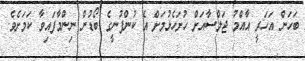
ބަހަން އަހަރީ އާއްމު ޖަލްސާއަށް ހުށަހެޅުމަށް އެ ކުންފުނީގެ ބޯޑުން ނިންމާފައިވާ ކަމަށެވެ.